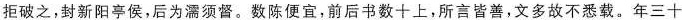
拒破之，封新阳亭侯，后为濡须督。数陈便宜，前后书数十上，所言皆善，文多故不悉载。年三十